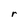
Character: r